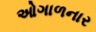
ઓગાળનાર